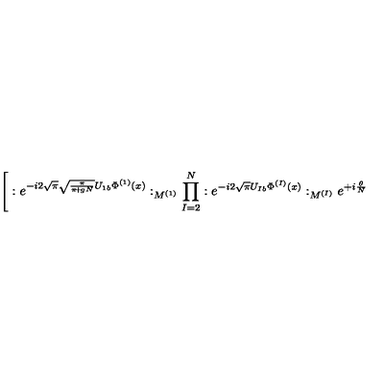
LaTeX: \Bigg [ : e ^ { - i 2 \sqrt { \pi } \sqrt { \frac { \pi } { \pi \! + \! g N } } U _ { 1 b } \Phi ^ { ( 1 ) } ( x ) } : _ { M ^ { ( 1 ) } } \prod _ { I = 2 } ^ { N } : e ^ { - i 2 \sqrt { \pi } U _ { I b } \Phi ^ { ( I ) } ( x ) } : _ { M ^ { ( I ) } } e ^ { + i \frac { \theta } { N } }